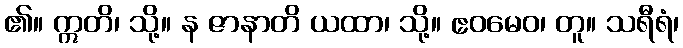
၏။ ဣတိ၊ သို့။ န ဇာနာတိ ယထာ၊ သို့။ ဧဝမေဝ၊ တူ။ သရီရံ၊